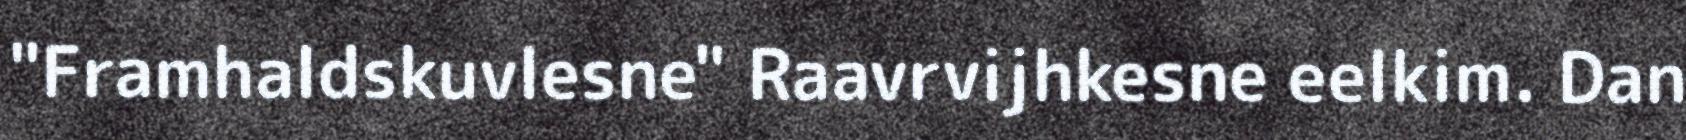
"Framhaldskuvlesne" Raavrvijhkesne eelkim. Dan